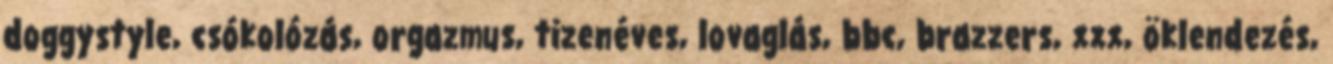
doggystyle, csókolózás, orgazmus, tizenéves, lovaglás, bbc, brazzers, xxx, öklendezés,